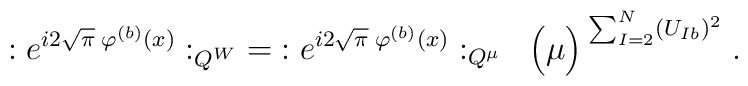
: e^{i2\sqrt{\pi} \; \varphi^{(b)}(x)} :_{Q^W} \; = \;: e^{i2\sqrt{\pi} \; \varphi^{(b)}(x)} :_{Q^\mu} \; \;\Big( \mu \Big)^{\; \sum_{I=2}^N (U_{Ib})^2} \; .